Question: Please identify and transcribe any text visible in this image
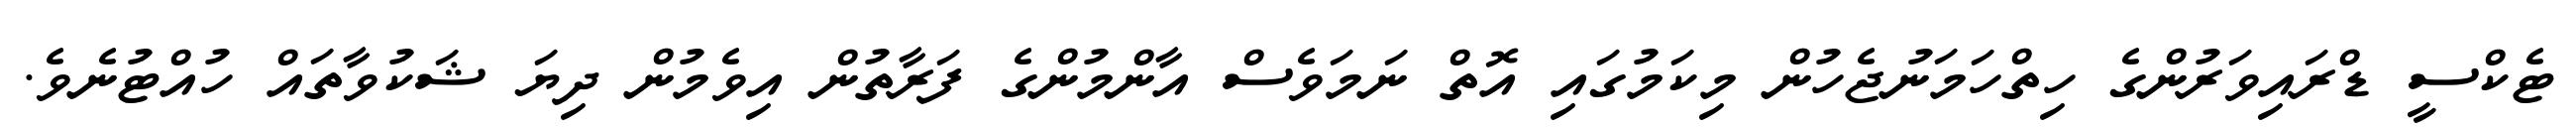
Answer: ޓެކްސީ ޑްރައިވަރުންގެ ހިތްހަމަނުޖެހުން މިކަމުގައި އޮތް ނަމަވެސް އާންމުންގެ ފަރާތުން އިވެމުން ދިޔަ ޝަކުވާތައް ހުއްޓުނެވެ.